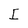
Character: I